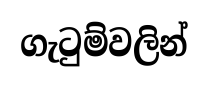
ගැටුම්වලින්